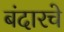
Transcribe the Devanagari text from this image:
बंदारचे